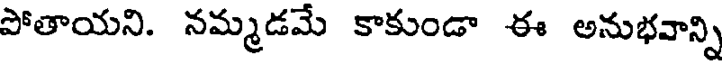
పోతాయని. నమ్మడమే కాకుండా ఈ అనుభవాన్ని